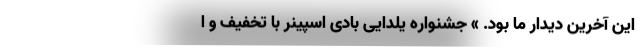
این آخرین دیدار ما بود. » جشنواره یلدایی بادی اسپینر با تخفیف و ا